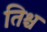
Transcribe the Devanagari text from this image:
तिश्च